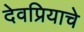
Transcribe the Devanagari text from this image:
देवप्रियाचे